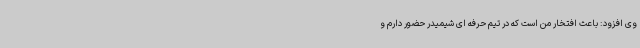
وی افزود: باعث افتخار من است که در تیم حرفه ای شیمیدر حضور دارم و